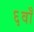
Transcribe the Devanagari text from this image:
६वाँ